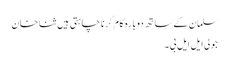
سلمان کے ساتھ دوبارہ کام کرنا چاہتی ہیں ثنا خان
جولی ایل ایل بی ۔